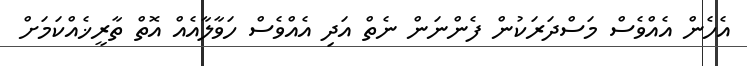
އެހެން އެއްވެސް މަސްދަރަކުން ފެންނަން ނެތް އަދި އެއްވެސް ހަވާލާއެއް އޮތް ތާރީޚެއްކަމަށް